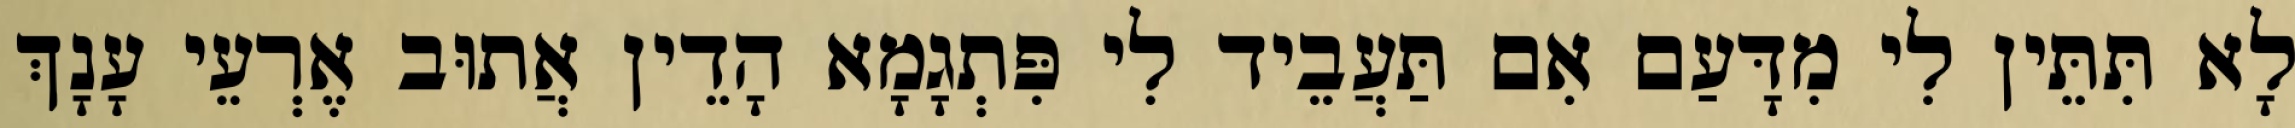
לָא תִּתֵּין לִי מִדָּעַם אִם תַּעֲבֵיד לִי פִּתְגָמָא הָדֵין אֲתוּב אֶרְעֵי עָנָךְ